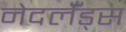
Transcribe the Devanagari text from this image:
नेदर्लँड्स